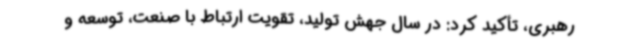
رهبری، تأکید کرد: در سال جهش تولید، تقویت ارتباط با صنعت، توسعه‌ و